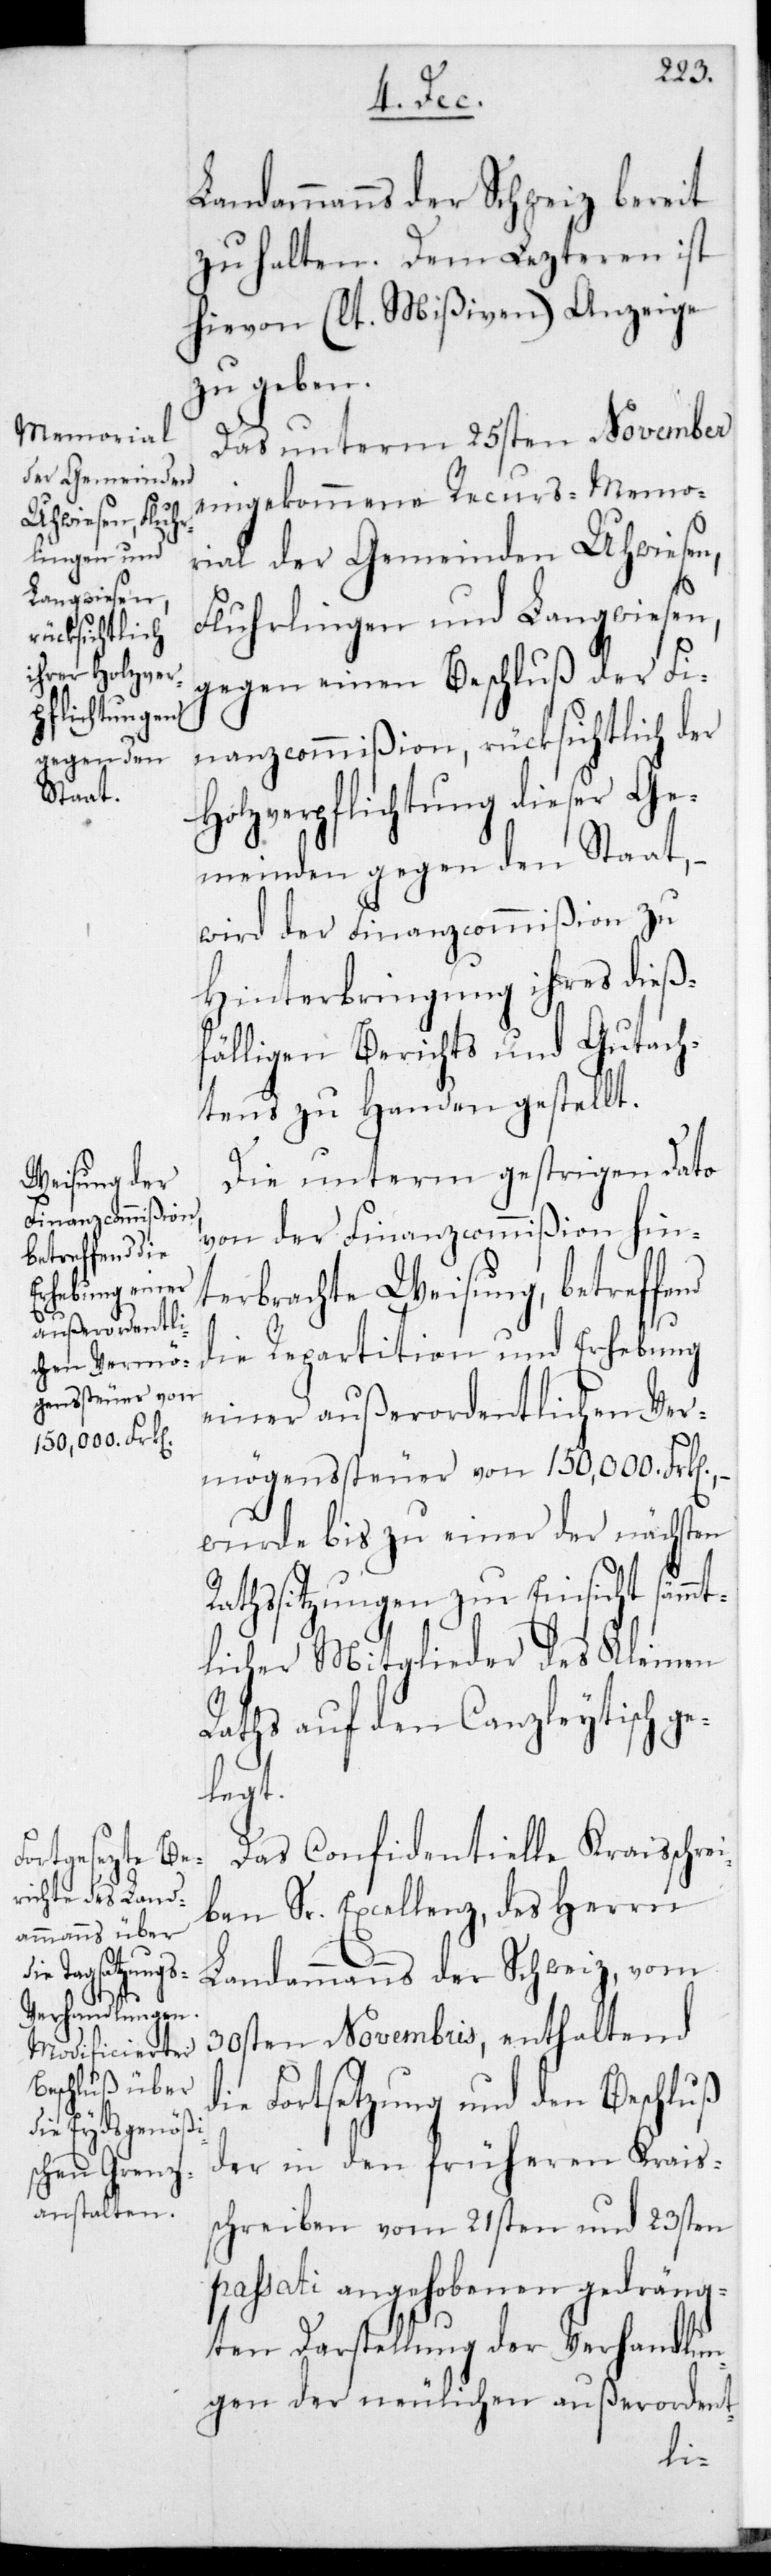
memorial
der Gemeinden
Uhwiesen, Fluhr¬
lingen und
Langwiesen,
mene Recurs¬

Landammanns der Schweiz bereit
zu halten. Dem lezteren ist
hievon (lt. Mißiven) Anzeige
zu geben.
Das unterm 25sten November
gegen einen Beschluß der Fi¬
nanzcommißion, rücksichtlich der
Holzverpflichtung dieser Ge¬
meinden gegen den Staat,
wird der Finanzcommißion zu
Hinterbringung ihres dieß¬
fälligen Berichts und Gutach¬
tens zu Handen gestellt.
Die unterm gestrigen Dato
von der Finanzcommißion hin¬
terbrachte Weisung, betreffend
die Repartition und Erhebung
einer außerordentlichen Ver¬
mögenssteuer von 150,000 Frk[en],
wurde bis zu einer der nächsten
Rathssitzungen zur Einsicht sämmt¬
licher Mitglieder des Kleinen
Raths auf den Canzleytisch ge¬
legt.
Das Confidentielle Kreisschre¬
iben Sr. Excellenz des Herrn
Landammanns der Schweiz vom
30sten Novembris, enthaltend
die Fortsetzung und den Beschlus¬
der in den früheren Krais¬
schreiben vom 21sten und 23sten
passati angehobenen gedräng¬
ten Darstellung der Verhandlun¬
gen der neulichen außerordent-
s